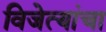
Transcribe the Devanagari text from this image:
विजेत्यांचा